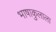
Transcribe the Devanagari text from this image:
भाषाकुलाला